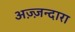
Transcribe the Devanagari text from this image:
अज़्ज़न्दारा